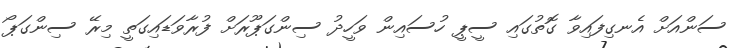
ސަންއަށް އެނގިފައިވާ ގޮތުގައި ސީޕީ ހުސައިން ވަހީދު ސިންގަޕޫރަށް ފުރާވަޑައިގަތީ މިރޭ ސިންގަޕޯ